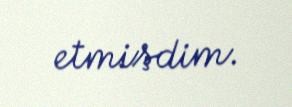
etmişdim.